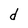
Character: d